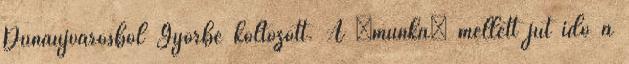
Dunaújvárosból Győrbe költözött. A „munka” mellett jut idő a